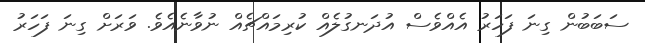
ސަބަބުން ގިނަ ފަހަރު އެއްވެސް އުދަނގުލެއް ކުރިމައްޗެއް ނުވާނެއެވެ. ވަރަށް ގިނަ ފަހަރު